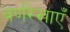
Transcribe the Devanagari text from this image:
वर्णरेखाएँ